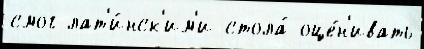
смог лат'и́нск'им'и стола́ оце́н'ивать